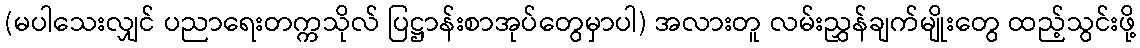
(မပါသေးလျှင် ပညာရေးတက္ကသိုလ် ပြဋ္ဌာန်းစာအုပ်တွေမှာပါ) အလားတူ လမ်းညွှန်ချက်မျိုးတွေ ထည့်သွင်းဖို့